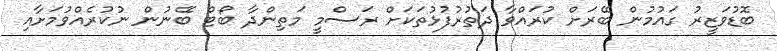
ބޮޑުވަޒީރު ގައުމުން ބޭރަށް ކުރައްވާ ދަތުރުފުޅުތަކަށް ރަސްމީ މަތިންދާ ބޯޓް ބޭނުން ނުކުރެއްވުމަށާއި